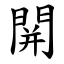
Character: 䦕